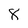
Character: 8